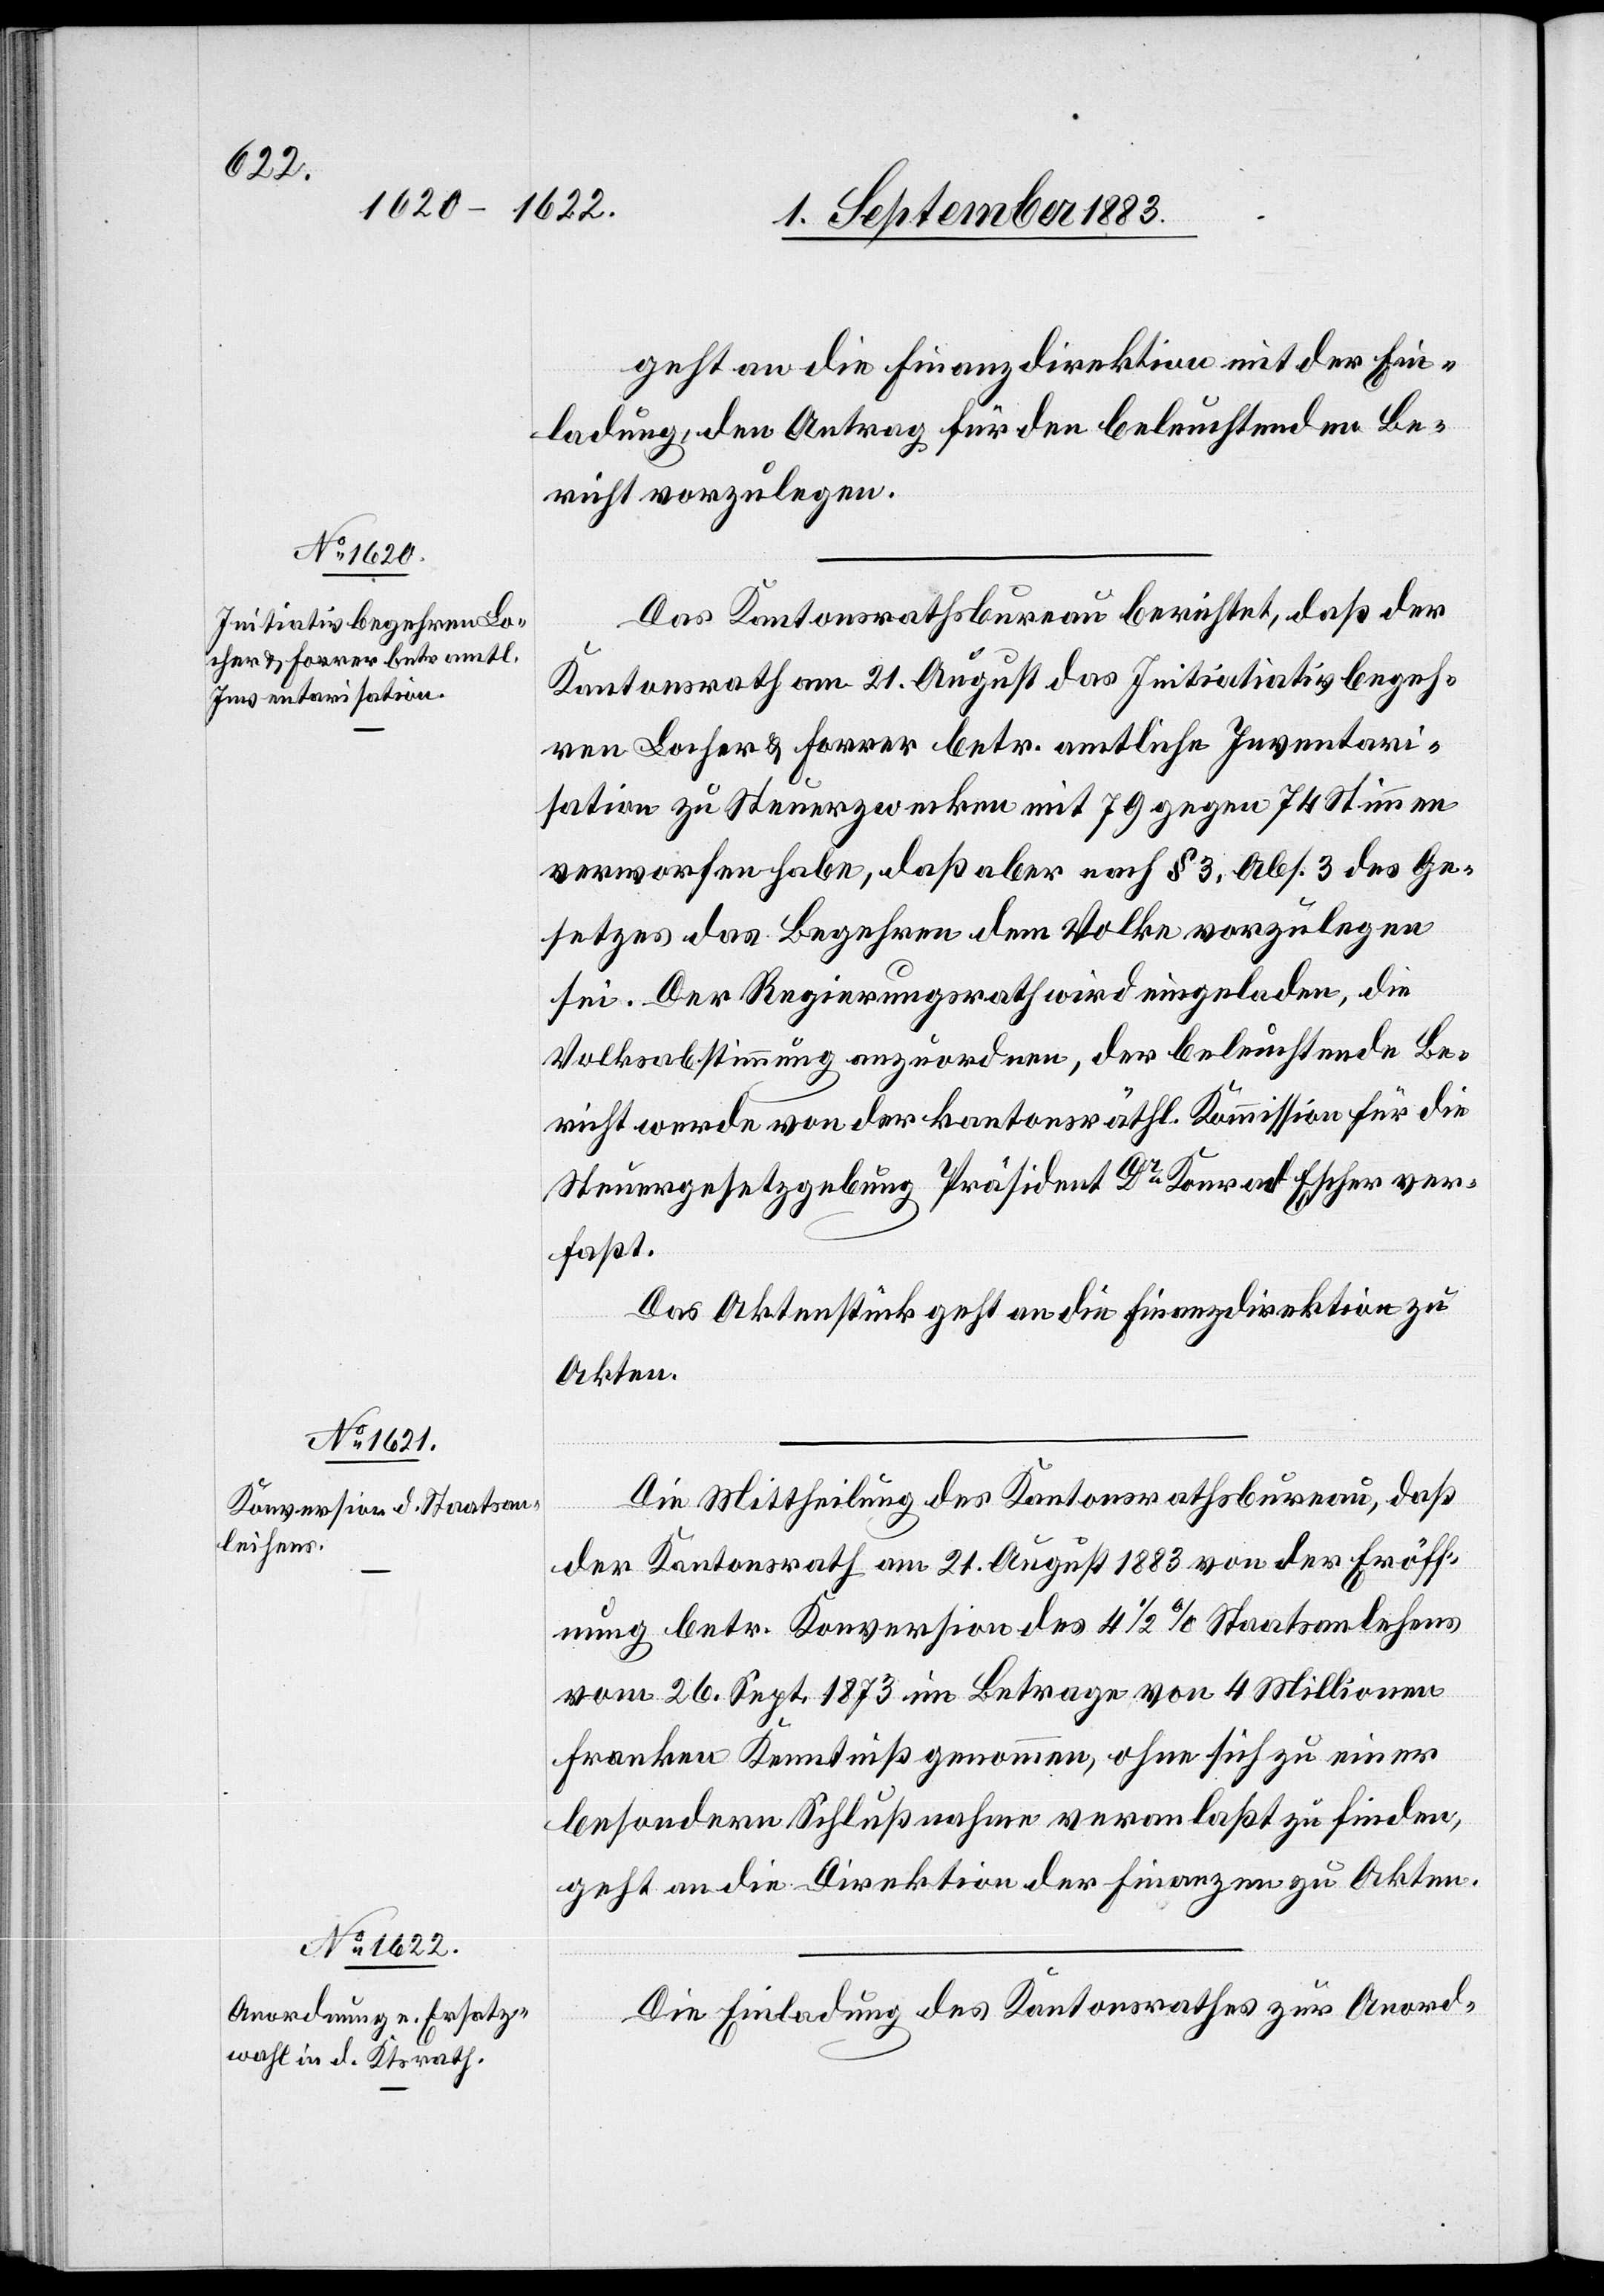
geht an die Finanzdirektion mit der Ein¬
ladung, den Antrag für den beleuchtenden Be¬
richt vorzulegen.
Das Kantonsrathsbureau berichtet, daß der
Kantonsrath am 21. August das Initiativbegeh¬
ren Locher & Forrer betr. amtliche Inventari¬
sation zu Steuerzwecken mit 79 gegen 74 Stimmen
verworfen habe, daß aber nach § 3, Abs. 2 des Ge¬
setzes das Begehren dem Volke vorzulegen
sei. Der Regierungsrath wird eingeladen, die
Volksabstimmung anzuordnen, der beleuchtende Be¬
richt werde von der kantonsräthl. Kommission für die
Steuergesetzgebung []Präsident Dr Konrad Escher[]] ver¬
faßt.
Das Aktenstück geht an die Finanzdirektion zu
Akten.
Die Mittheilung des Kantonsrathsbureau, daß
der Kantonsrath am 21. August 1883 von der Eröff¬
nung betr. Konversion des 4 1/2% Staatsanlehens
vom 26. Sept. 1873 im Betrage von 4 Millionen
Franken Kenntniß genommen, ohne sich zu einer
besondern Schlußnahme veranlaßt zu finden,
geht an die Direktion der Finanzen zu Akten.
Die Einladung des Kantonsrathes zu Anord-